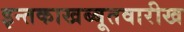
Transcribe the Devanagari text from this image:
इन्तकाखब्बूतवारीख